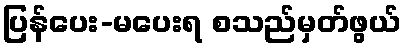
ပြန်ပေး-မပေးရ စသည်မှတ်ဖွယ်